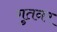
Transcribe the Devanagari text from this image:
गुतनर